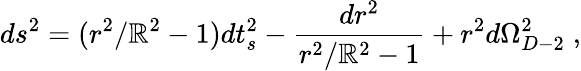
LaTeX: ds^{2}=(r^{2}/\mathbb{R}^{2}-1)dt_{s}^{2}-{\frac{{dr^{2}}}{{r^{2}/\mathbb{R}^{2}-1}}}+r^{2}d\Omega_{D-2}^{2}\; ,